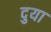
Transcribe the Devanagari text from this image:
दुया